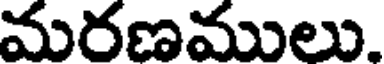
మరణములు.